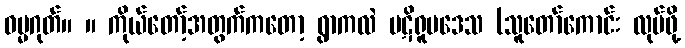
ဓမ္မဂုတ်။ ။ ကိုယ်တော့်အတွက်ကတော့ ရွာကလဲ ပဋိရူပဒေသ (သူတော်ကောင်း လုပ်ဖို့